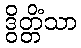
ဒွိတ္တိံသာ